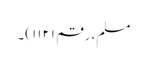
مسلم، رقم ۱۱۲۱)۔